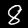
Digit: 8